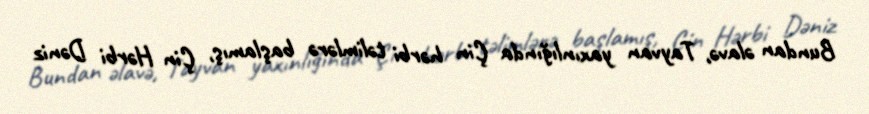
Bundan əlavə, Tayvan yaxınlığında Çin hərbi təlimlərə başlamış, Çin Hərbi Dəniz